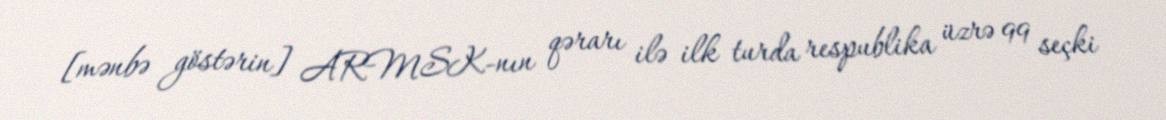
[mənbə göstərin] ARMSK-nın qərarı ilə ilk turda respublika üzrə 99 seçki